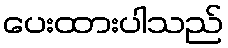
ပေးထားပါသည်